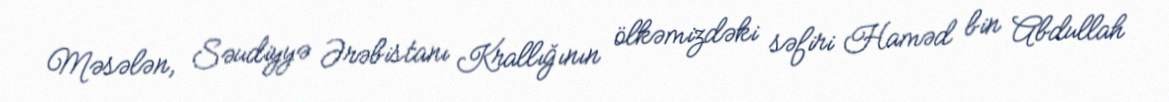
Məsələn, Səudiyyə Ərəbistanı Krallığının ölkəmizdəki səfiri Haməd bin Abdullah